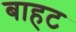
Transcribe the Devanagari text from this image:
बाहट